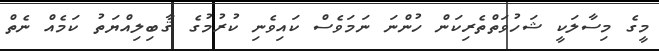
މީގެ މިސާލަކީ ޝަހުވަތްތެރިކަން ހުންނަ ނަމަވެސް ކައިވެނި ކުރުމުގެ ޤާބިލިއްޔަތު ކަމެއް ނެތް